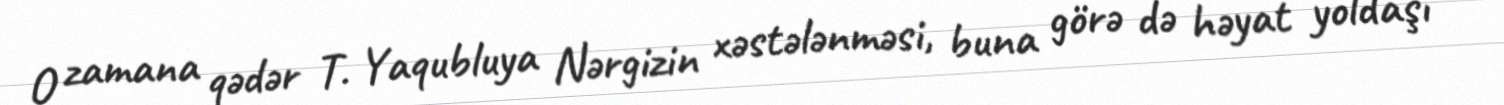
O zamana qədər T. Yaqubluya Nərgizin xəstələnməsi, buna görə də həyat yoldaşı